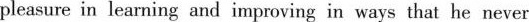
pleasure in learning and improving in ways that he never